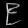
Digit: ၉